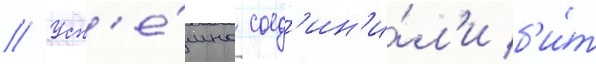
// Усп'е́шно соед'ин'и́л'и б'и́т